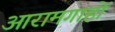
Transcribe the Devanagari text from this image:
आरामगाहों